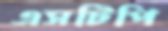
এসটিপি